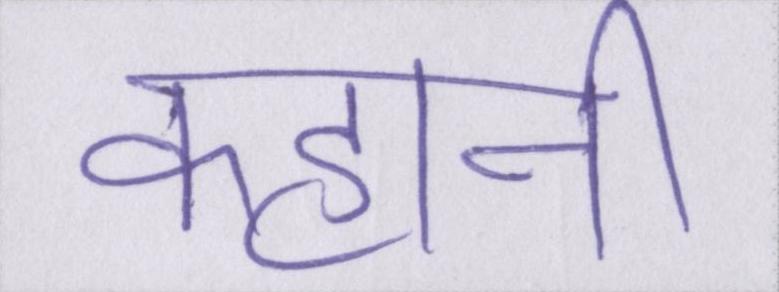
कहानी